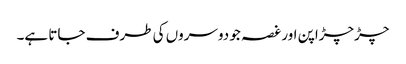
چڑچڑاپن اور غصہ جو دوسروں کی طرف جاتا ہے۔